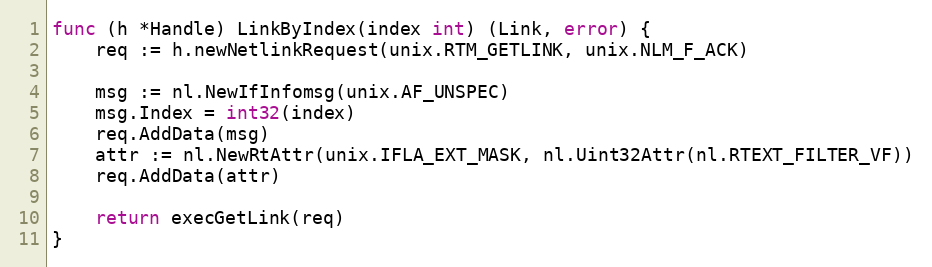
Language: Go
func (h *Handle) LinkByIndex(index int) (Link, error) {
	req := h.newNetlinkRequest(unix.RTM_GETLINK, unix.NLM_F_ACK)

	msg := nl.NewIfInfomsg(unix.AF_UNSPEC)
	msg.Index = int32(index)
	req.AddData(msg)
	attr := nl.NewRtAttr(unix.IFLA_EXT_MASK, nl.Uint32Attr(nl.RTEXT_FILTER_VF))
	req.AddData(attr)

	return execGetLink(req)
}